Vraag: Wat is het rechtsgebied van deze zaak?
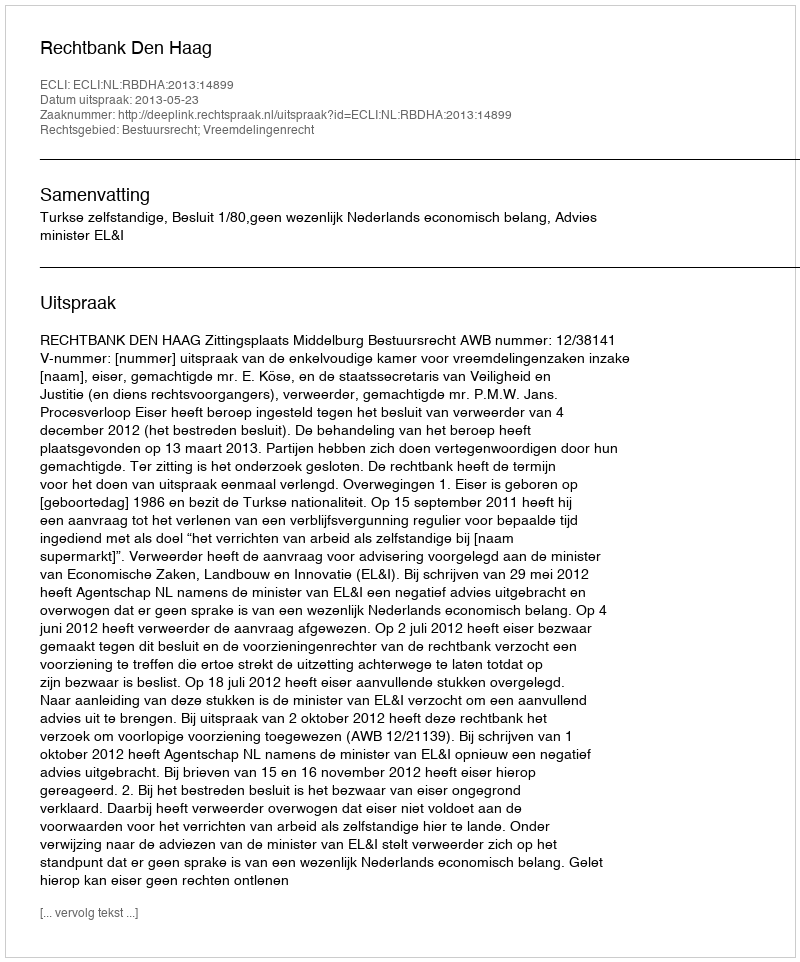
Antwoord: Bestuursrecht; Vreemdelingenrecht